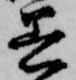
着